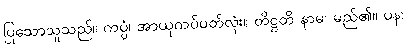
ပြုသောသူသည်။ ကပ္ပံ၊ အာယုကပ်ပတ်လုံး။ တိဋ္ဌတိ နာမ၊ မည်၏။ ပန၊